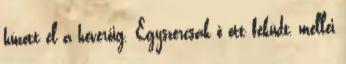
húzott el a heverőig. Egyszercsak ő ott feküdt, mellei